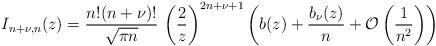
LaTeX: \begin{align*} I_{n+\nu,n} (z) = \frac{n! (n+\nu)!}{\sqrt{\pi n}}\, \left( \frac{2}{z}\right)^{2n+\nu+1}\left( b(z) + \frac{b_\nu (z)}{n} + {\mathcal{O}} \left( \frac{1}{n^2}\right)\right)\end{align*}